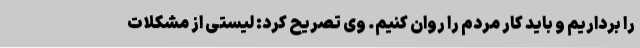
را برداریم و باید کار مردم را روان کنیم. وی تصریح کرد: لیستی از مشکلات